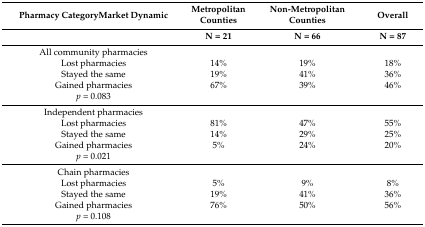
<table><thead><tr><td><b>Pharmacy CategoryMarket Dynamic</b></td><td><b>Metropolitan Counties </b></td><td><b>Non-Metropolitan Counties</b></td><td><b>Overall</b></td></tr><tr><td>[EMPTY_CELL]</td><td><b>N = 21</b></td><td><b>N = 66</b></td><td><b>N = 87</b></td></tr></thead><tbody><tr><td>All community pharmacies</td><td>[EMPTY_CELL]</td><td>[EMPTY_CELL]</td><td>[EMPTY_CELL]</td></tr><tr><td>Lost pharmacies</td><td>14%</td><td>19%</td><td>18%</td></tr><tr><td>Stayed the same</td><td>19%</td><td>41%</td><td>36%</td></tr><tr><td>Gained pharmacies</td><td>67%</td><td>39%</td><td>46%</td></tr><tr><td><i>p</i> = 0.083</td><td>[EMPTY_CELL]</td><td>[EMPTY_CELL]</td><td>[EMPTY_CELL]</td></tr><tr><td>Independent pharmacies</td><td>[EMPTY_CELL]</td><td>[EMPTY_CELL]</td><td>[EMPTY_CELL]</td></tr><tr><td>Lost pharmacies</td><td>81%</td><td>47%</td><td>55%</td></tr><tr><td>Stayed the same</td><td>14%</td><td>29%</td><td>25%</td></tr><tr><td>Gained pharmacies</td><td>5%</td><td>24%</td><td>20%</td></tr><tr><td><i>p</i> = 0.021</td><td>[EMPTY_CELL]</td><td>[EMPTY_CELL]</td><td>[EMPTY_CELL]</td></tr><tr><td>Chain pharmacies</td><td>[EMPTY_CELL]</td><td>[EMPTY_CELL]</td><td>[EMPTY_CELL]</td></tr><tr><td>Lost pharmacies</td><td>5%</td><td>9%</td><td>8%</td></tr><tr><td>Stayed the same</td><td>19%</td><td>41%</td><td>36%</td></tr><tr><td>Gained pharmacies</td><td>76%</td><td>50%</td><td>56%</td></tr><tr><td><i>p</i> = 0.108</td><td>[EMPTY_CELL]</td><td>[EMPTY_CELL]</td><td>[EMPTY_CELL]</td></tr></tbody></table>